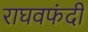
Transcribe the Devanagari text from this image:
राघवफंदी